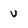
Character: v